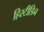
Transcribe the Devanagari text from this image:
हिस्टीडिन